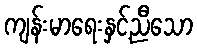
ကျန်းမာရေးနှင့်ညီသော